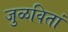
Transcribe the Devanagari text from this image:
जुळवितां